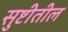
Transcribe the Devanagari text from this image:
सुष्टीतील